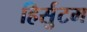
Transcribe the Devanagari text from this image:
हिर्सुटम